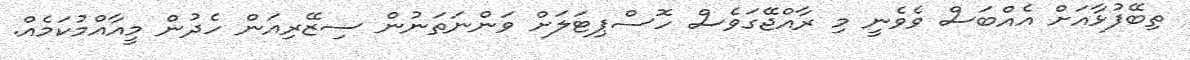
ތިބޭފުޅާއަށް އެއްބަސް ވެވެނީ މި ރާއްޖޭގަވެސް ހޮސްޕިޓަލަށް ވަންނަތަނުން ސިޒޭރިއަން ހެދުން މީއާއްމުކަމެއް.